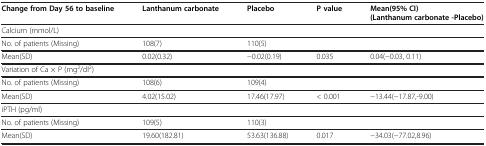
<table><thead><tr><td><b>Change from Day 56 to baseline</b></td><td><b>Lanthanum carbonate</b></td><td><b>Placebo</b></td><td><b>P value</b></td><td><b>Mean(95% CI)(Lanthanum carbonate -Placebo)</b></td></tr></thead><tbody><tr><td>Calcium (mmol/L)</td><td> </td><td> </td><td> </td><td> </td></tr><tr><td>No. of patients (Missing)</td><td>108(7)</td><td>110(5)</td><td> </td><td> </td></tr><tr><td>Mean(SD)</td><td>0.02(0.32)</td><td>−0.02(0.19)</td><td>0.035</td><td>0.04(−0.03, 0.11)</td></tr><tr><td>Variation of Ca × P (mg<sup>2</sup>/dl<sup>2</sup>)</td><td> </td><td> </td><td> </td><td> </td></tr><tr><td>No. of patients (Missing)</td><td>108(6)</td><td>109(4)</td><td> </td><td> </td></tr><tr><td>Mean(SD)</td><td>4.02(15.02)</td><td>17.46(17.97)</td><td>&lt; 0.001</td><td>−13.44(−17.87,-9.00)</td></tr><tr><td>iPTH (pg/ml)</td><td> </td><td> </td><td> </td><td> </td></tr><tr><td>No. of patients (Missing)</td><td>109(5)</td><td>110(3)</td><td> </td><td> </td></tr><tr><td>Mean(SD)</td><td>19.60(182.81)</td><td>53.63(136.88)</td><td>0.017</td><td>−34.03(−77.02,8.96)</td></tr></tbody></table>